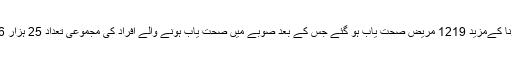
سندھ میں کورونا کےمزید 1219 مریض صحت یاب ہو گئے جس کے بعد صوبے میں صحت یاب ہونے والے افراد کی مجموعی تعداد 25 ہزار 606 ہوگئی ہے۔